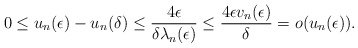
\begin{align*} 0\le u_n(\epsilon)-u_n(\delta)\le\frac{4\epsilon}{\delta\lambda_n(\epsilon)}\le\frac{4\epsilon v_n(\epsilon)}{\delta}=o(u_n(\epsilon)).\end{align*}